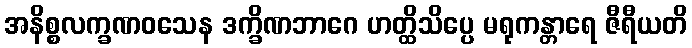
အနိစ္စလက္ခဏဝသေန ဒက္ခိဏဘာဂေ ဟတ္ထိသိပ္ပေ မရုကန္တာရေ ဇီရီယတိ